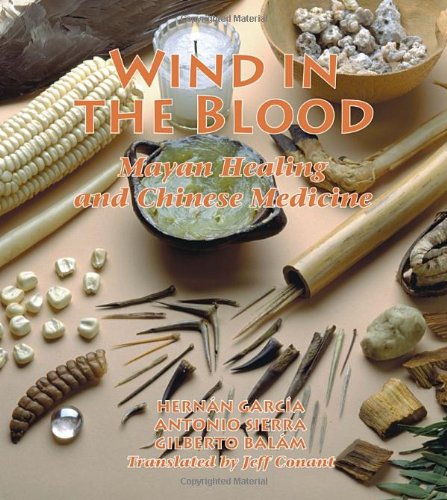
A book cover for Wind in the Blood: Mayan Healing & Chinese Medicine; Hernan Garcia; Health, Fitness & Dieting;